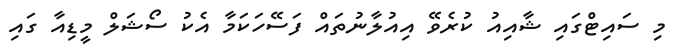
މި ސައިޓްގައި ޝާއިއު ކުރެވޭ އިއުލާނުތައް ފަސޭހަކަމާ އެކު ސޯޝަލް މީޑިއާ ގައި